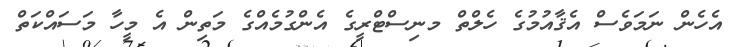
އެހެން ނަމަވެސް އެޤާއުމުގެ ހެލްތް މނިސްޓްރީގެ އެންގުމެއްގެ މަތިން އެ މީހާ މަސައްކަތް